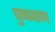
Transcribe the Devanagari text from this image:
पुष्पबाण